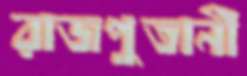
রাজপুতানী